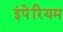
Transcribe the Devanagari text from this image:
इंपेरियम